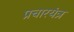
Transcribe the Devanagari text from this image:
प्रचारयंत्र